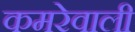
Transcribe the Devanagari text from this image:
कमरेवाली